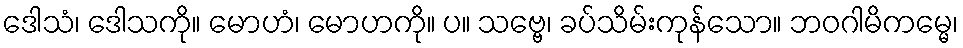
ဒေါသံ၊ ဒေါသကို။ မောဟံ၊ မောဟကို။ ပ။ သဗ္ဗေ၊ ခပ်သိမ်းကုန်သော။ ဘဝဂါမိကမ္မေ၊